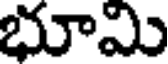
భూమి